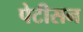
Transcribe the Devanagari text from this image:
पेटीसन